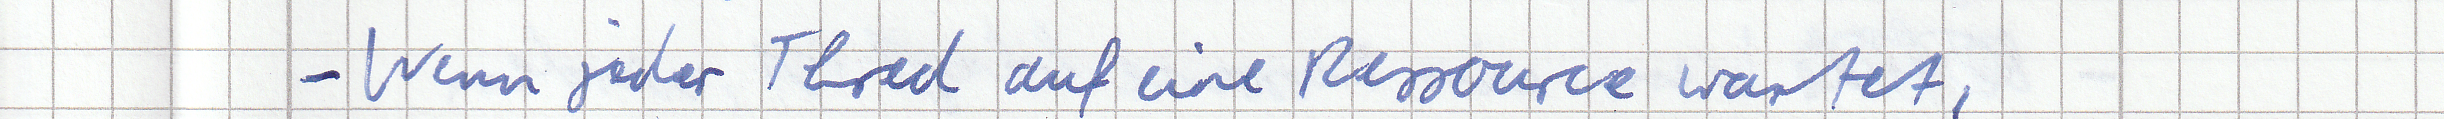
- Wenn jeder Thred auf eine Ressource wartet,